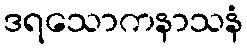
ဒရသောကနာသနံ